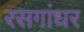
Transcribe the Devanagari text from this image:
रसगांधर